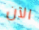
الآن